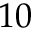
1 0